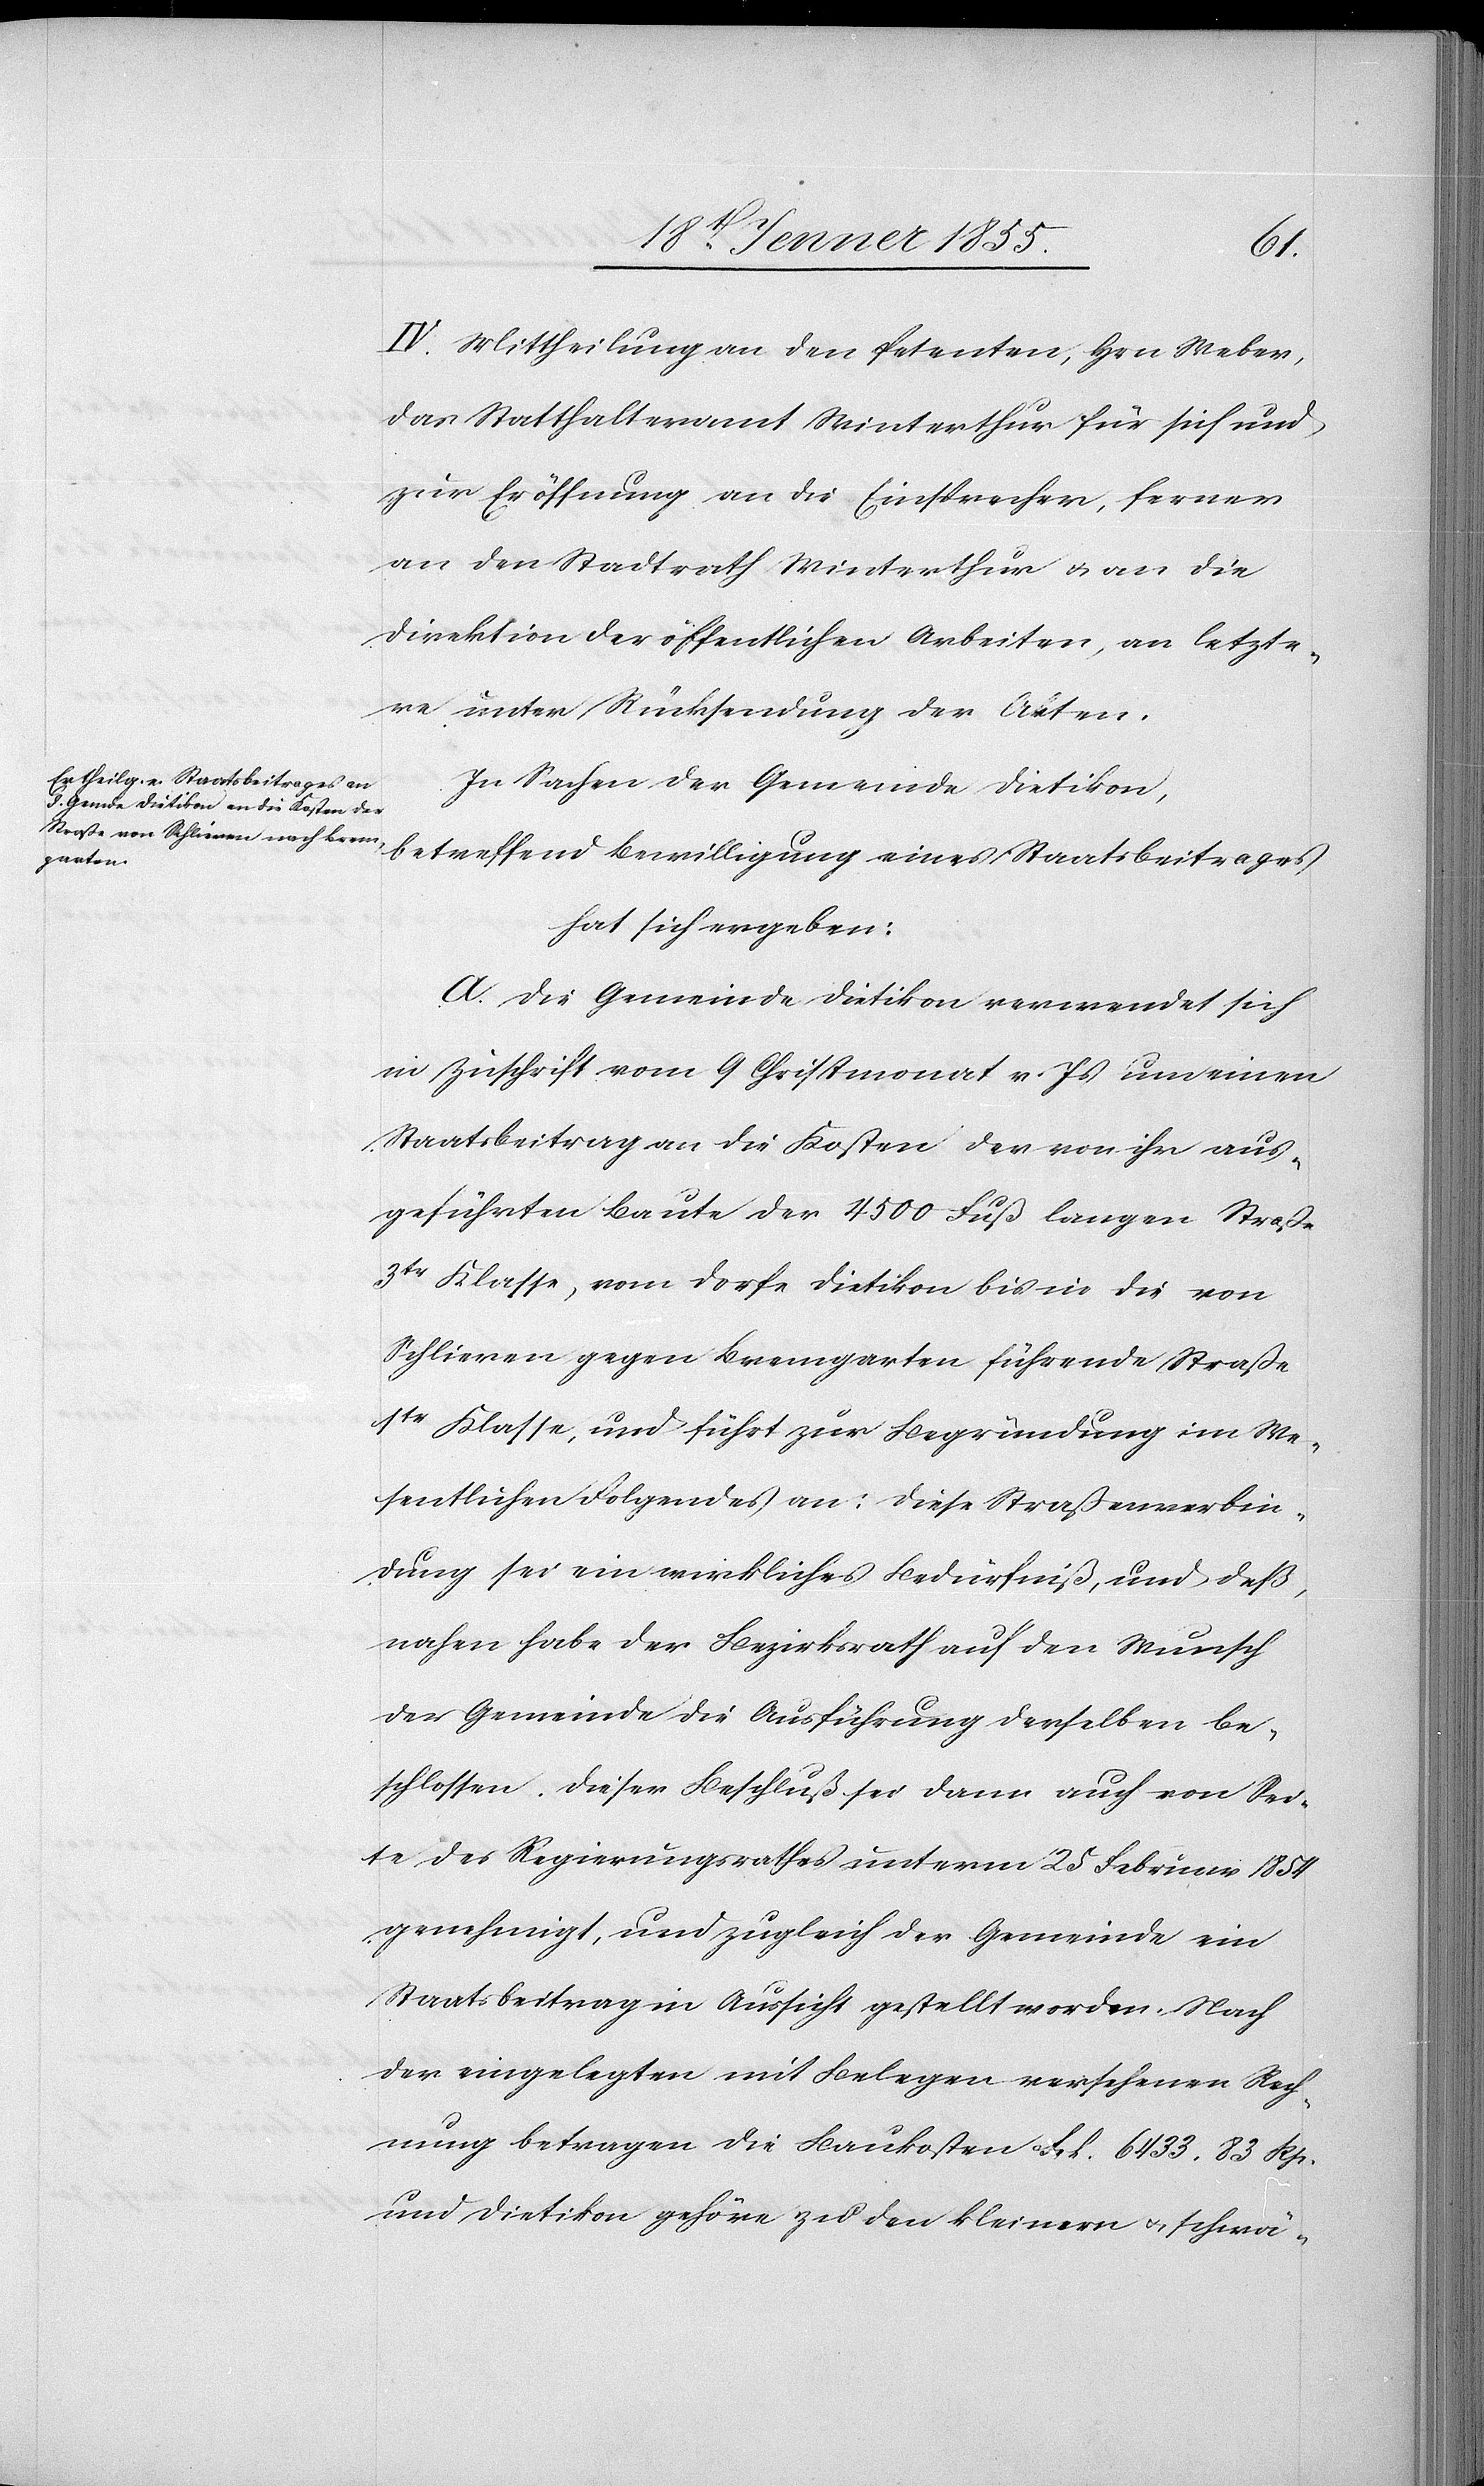
IV. Mittheilung an den Petenten, Hrn. Weber,
das Statthalteramt Winterthur für sich und
zur Eröffnung an die Einsprecher, ferner
an den Stadtrath Winterthur & an die
Direktion der öffentlichen Arbeiten, an letzte¬
re unter Rücksendung der Akten.
In Sachen der Gemeinde Dietikon,
betreffend Bewilligung eines Staatsbeitrages
hat sich ergeben.
A. Die Gemeinde Dietikon verwendet sich
in Zuschrift vom 9 Christmonat v. Js um einen
Staatsbeitrag an die Kosten der von ihr aus¬
geführten Baute der 4500 Fuß langen Straße
3tr Klasse, vom Dorfe Dietikon bis in die von
Schlieren gegen Bremgarten führende Straße
1tr Klasse, und führt zur Begründung im We¬
sentlichen Folgendes an: Diese Straßenverbin¬
dung sei ein wirkliches Bedürfniß, und deß¬
nahen habe der Bezirksrath auf den Wunsch
der Gemeinde die Ausführung derselben be¬
schlossen. Dieser Beschluß sei dann auch von Sei¬
te des Regierungsrathes unterm 25 Februar 1854
genehmigt, und zugleich der Gemeinde ein
Staatsbeitrag in Aussicht gestellt worden. Nach
der eingelegten mit Belegen versehenen Rech¬
nung betragen die Baukosten Frk. 6433. 83 Rp.
und Dietikon gehöre zu den kleinern & schwä-